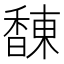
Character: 𲋰